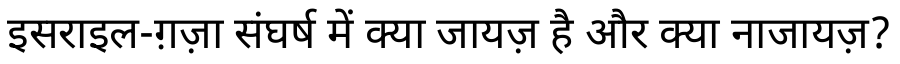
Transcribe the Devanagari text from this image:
इसराइल-ग़ज़ा संघर्ष में क्या जायज़ है और क्या नाजायज़?